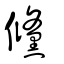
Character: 儵